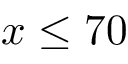
x \le 7 0